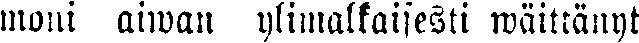
moni aiwan ylimalkaisesti wäittänyt